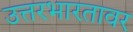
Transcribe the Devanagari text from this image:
उत्तरभारतावर